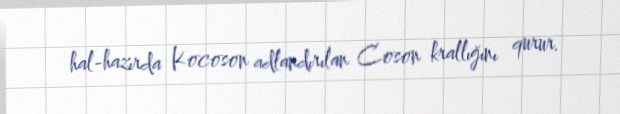
hal-hazırda Kocoson adlandırılan Coson krallığını qurur.